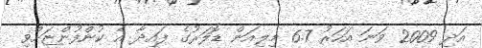
އަދި 2009 ވަނަ އަހަރު 6.7 މިލިއަން ޑޮލަރުގެ ފައިދާ އެ ކުންފުންޏަށްވި